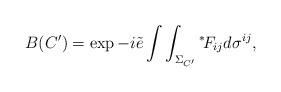
LaTeX: \begin{align*}B(C') = \exp - i \tilde{e} \int\int_{\Sigma_{C'}} \mbox{}^*\!F_{ij} d \sigma^{ij},\end{align*}